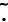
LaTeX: \tilde{.}